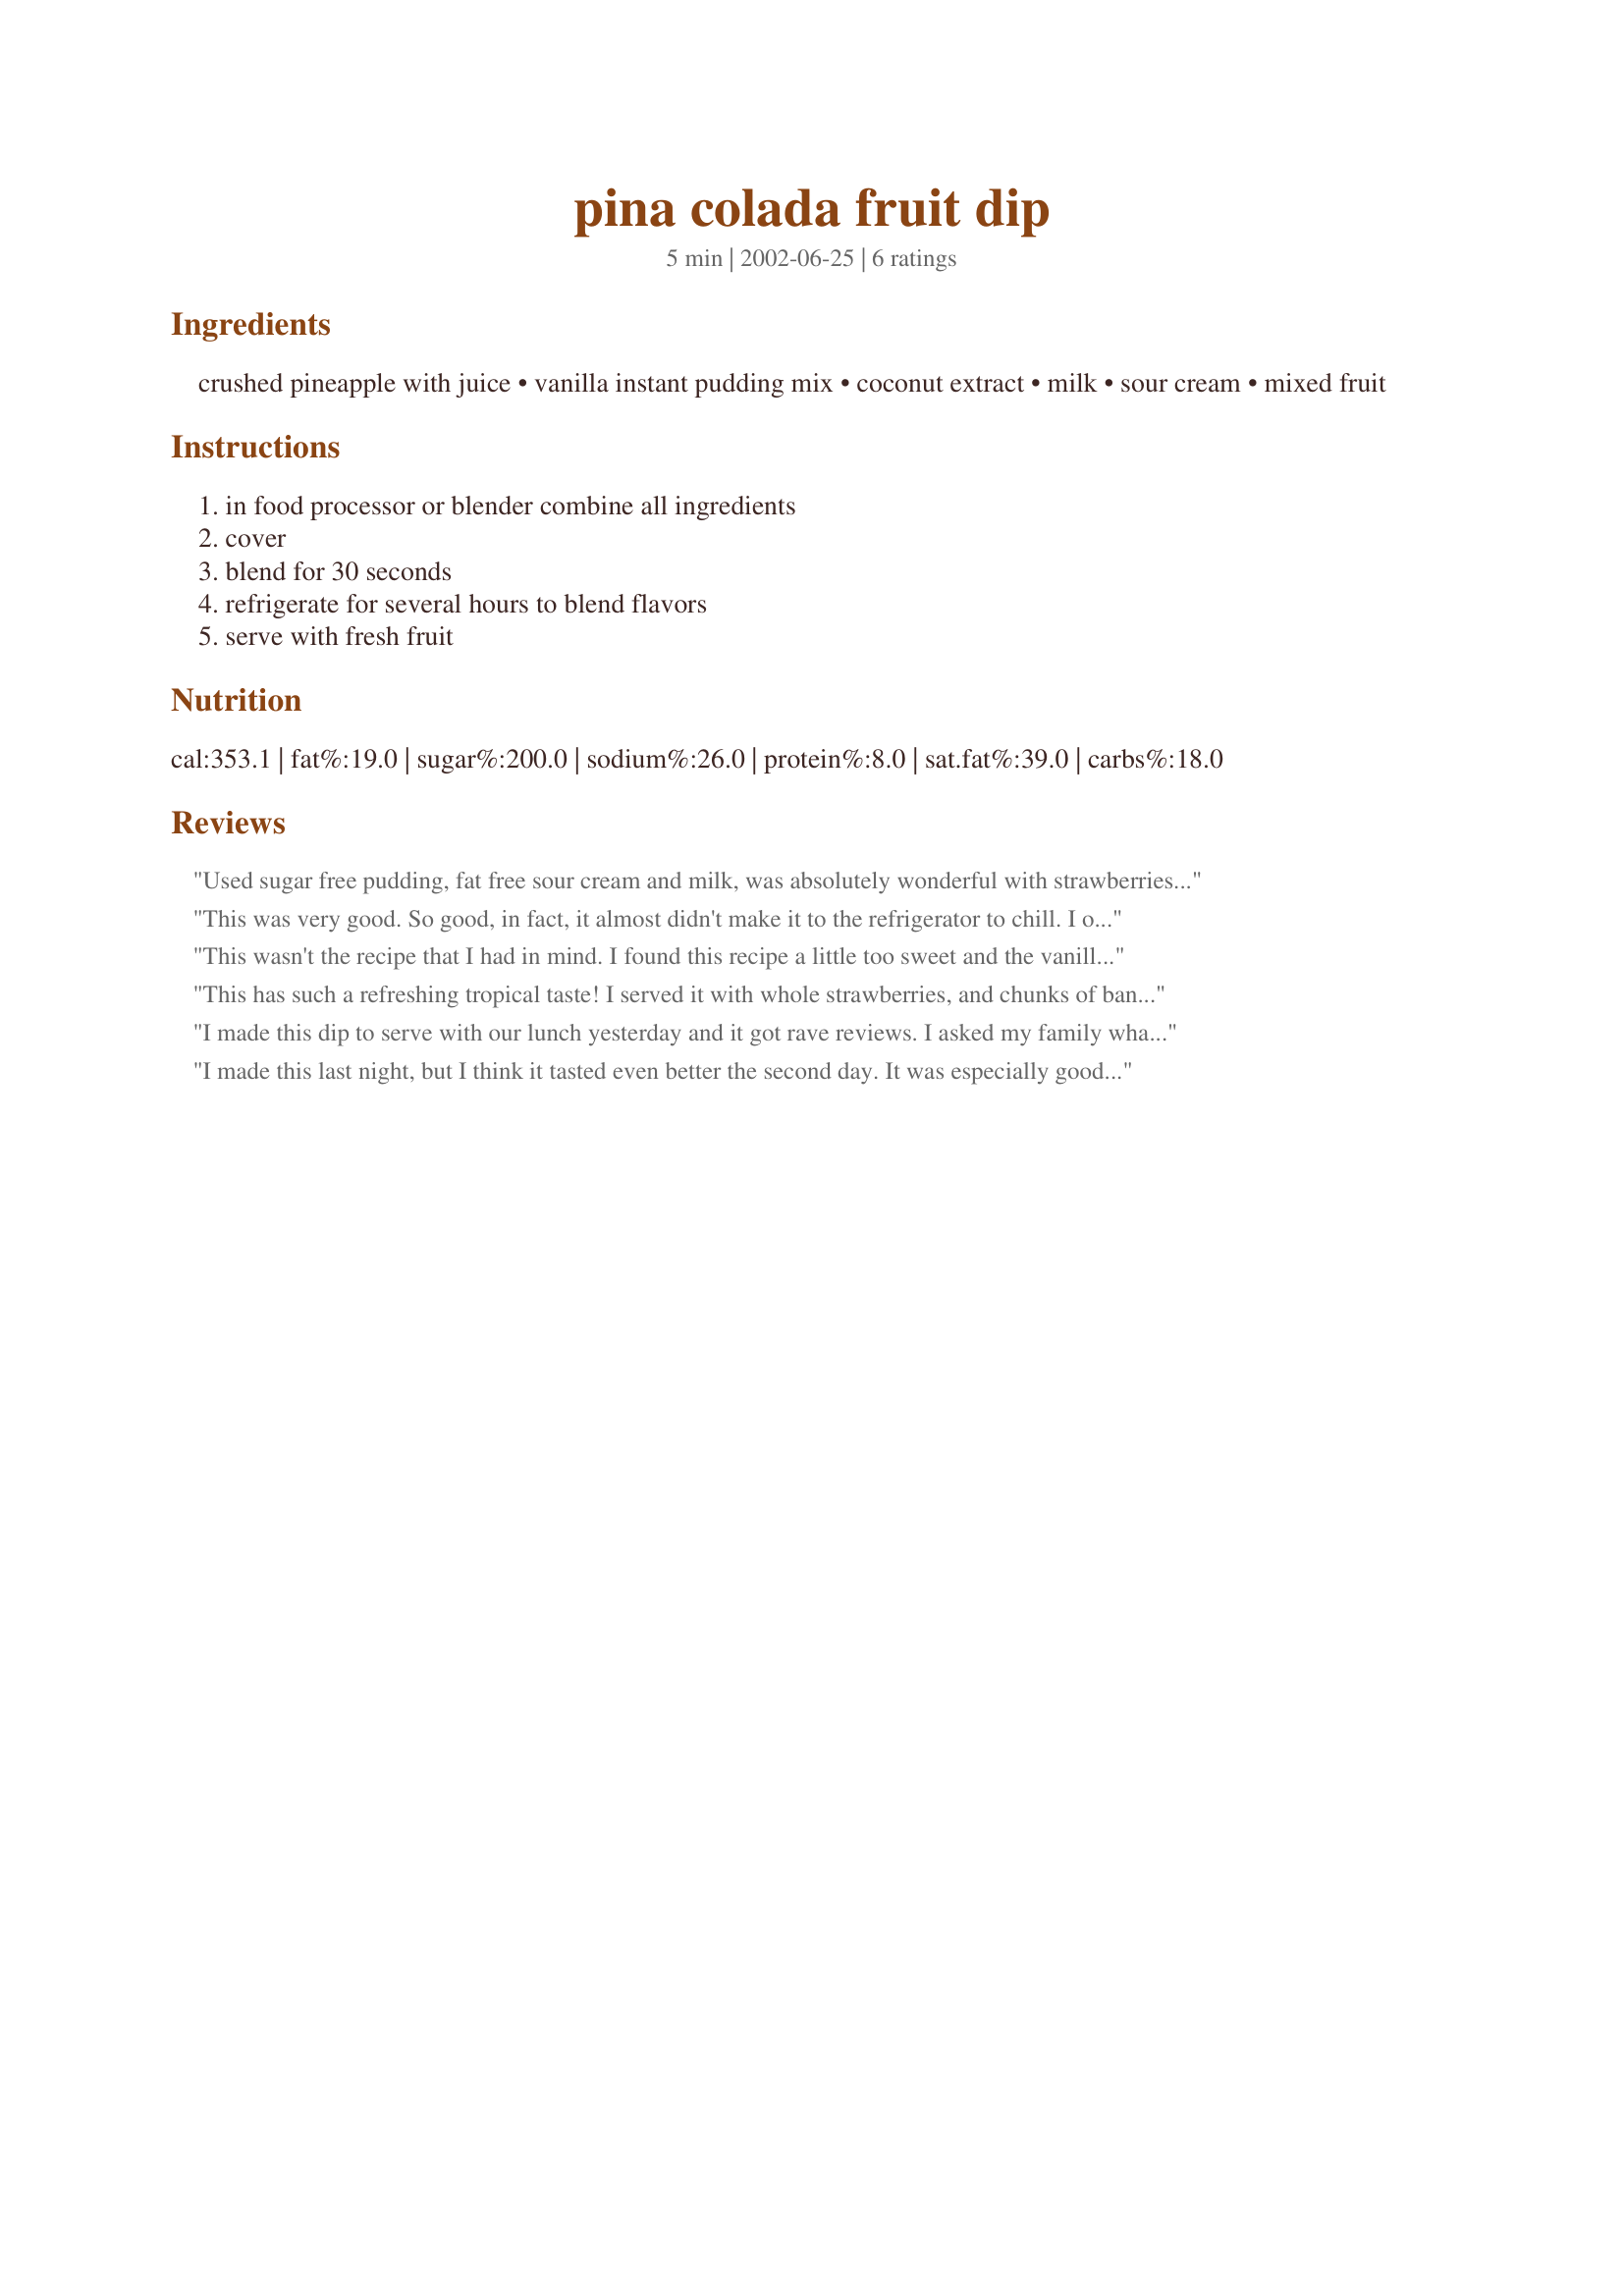
pina colada fruit dip
Preparation time: 5 minutes

Ingredients:
crushed pineapple with juice, vanilla instant pudding mix, coconut extract, milk, sour cream, mixed fruit

Steps:
in food processor or blender combine all ingredients, cover, blend for 30 seconds, refrigerate for several hours to blend flavors, serve with fresh fruit

Reviews:
Used sugar free pudding, fat free sour cream and milk, was absolutely wonderful with strawberries. Will be making often, thanks!
This was very good. So good, in fact, it almost didn't make it to the refrigerator to chill. I only had 1/2 cup of milk and it turned out fine. I think it would also be good on top of pound cake, ice cream or just about anything.
This wasn't the recipe that I had in mind. I found this recipe a little too sweet and the vanilla pudding overpowering. As a pudding it was okay but for a dip, it wasn't what I was looking for. Thanks for posting though.
This has such a refreshing tropical taste! I served it with whole strawberries, and chunks of banana and pineapple. It brings out the flavors of the fruit to its fullest, with a nice creamy texture that rivals any sweet fondue. Thanks, Dana!
I made this dip to serve with our lunch yesterday and it got rave reviews. I asked my family what they thought because I had to rate it and my stepdaughter wanted to give it 10 stars. But since the limit is five, we'll go with that. My husband would also like to try this dip with coconut shrimp, which sounded good too! Thanks dana-MMH for yet another great recipe!
I made this last night, but I think it tasted even better the second day. It was especially good with strawberries! Yum! Very easy to make, whole family enjoyed it. Thanks so much.
